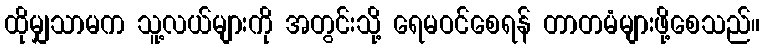
ထိုမျှသာမက သူ့လယ်များကို အတွင်းသို့ ရေမဝင်စေရန် တာတမံများဖို့စေသည်။